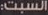
السبت: